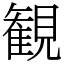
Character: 観